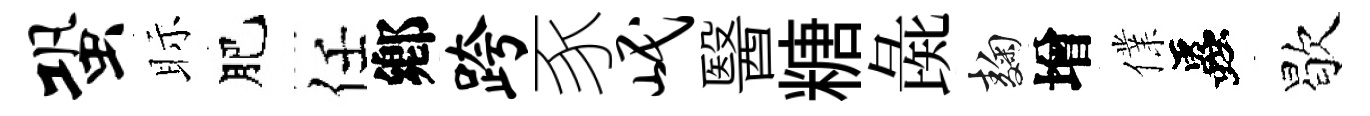
蛩眎肥任鄕跨豕岷醫糖彘麹增㒒蟲歇